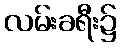
လမ်းခရီး၌